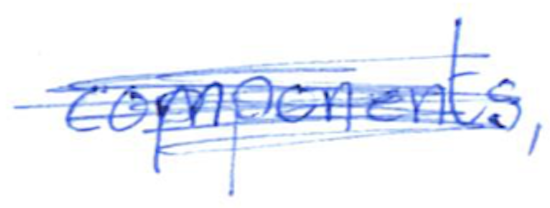
Text: components,
Cross-out: scratch
Writing tool: ballpoint